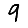
Digit: 9